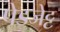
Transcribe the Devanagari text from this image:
पेडजेट्ट